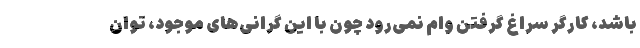
باشد، کارگر سراغ گرفتن وام نمی‌رود چون با این گرانی‌های موجود، توان